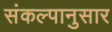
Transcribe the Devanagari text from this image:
संकल्पानुसार